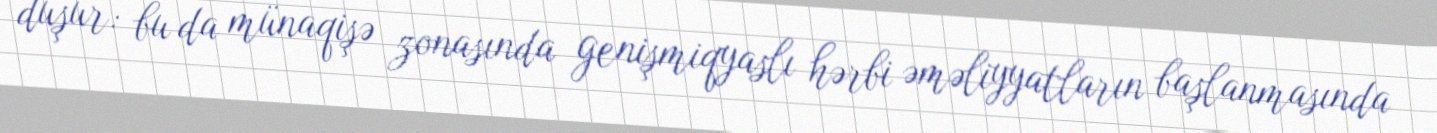
düşür: bu da münaqişə zonasında genişmiqyaslı hərbi əməliyyatların başlanmasında